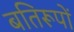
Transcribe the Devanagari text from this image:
बतिरूपों